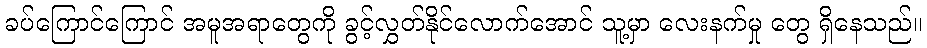
ခပ်ကြောင်ကြောင် အမူအရာတွေကို ခွင့်လွှတ်နိုင်လောက်အောင် သူ့မှာ လေးနက်မှု တွေ ရှိနေသည်။